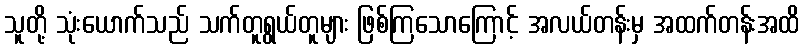
သူတို့ သုံးယောက်သည် သက်တူရွယ်တူများ ဖြစ်ကြသောကြောင့် အလယ်တန်းမှ အထက်တန်းအထိ